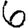
Digit: 6